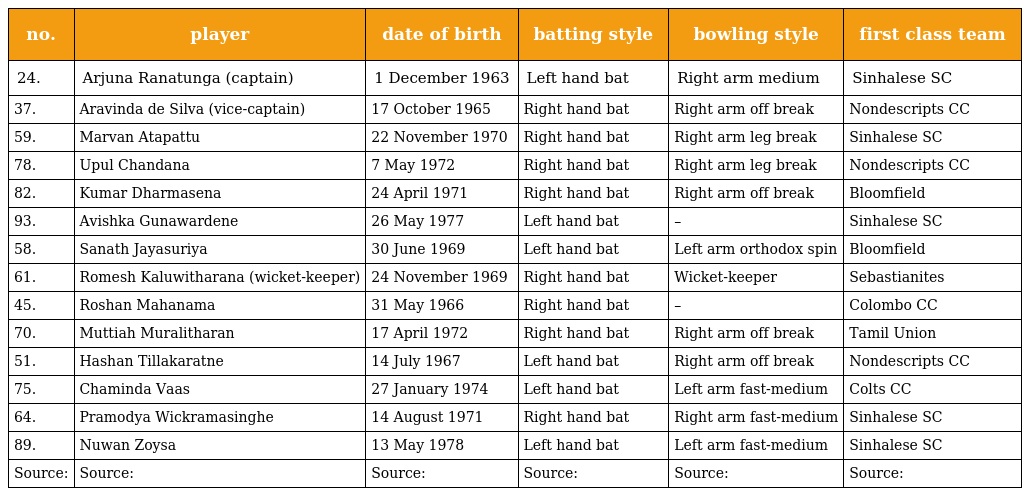
| no. | player | date of birth | batting style | bowling style | first class team |
 | --- | --- | --- | --- | --- | --- |
 | 24. | Arjuna Ranatunga (captain) | 1 December 1963 | Left hand bat | Right arm medium | Sinhalese SC |
 | 37. | Aravinda de Silva (vice-captain) | 17 October 1965 | Right hand bat | Right arm off break | Nondescripts CC |
 | 59. | Marvan Atapattu | 22 November 1970 | Right hand bat | Right arm leg break | Sinhalese SC |
 | 78. | Upul Chandana | 7 May 1972 | Right hand bat | Right arm leg break | Nondescripts CC |
 | 82. | Kumar Dharmasena | 24 April 1971 | Right hand bat | Right arm off break | Bloomfield |
 | 93. | Avishka Gunawardene | 26 May 1977 | Left hand bat | – | Sinhalese SC |
 | 58. | Sanath Jayasuriya | 30 June 1969 | Left hand bat | Left arm orthodox spin | Bloomfield |
 | 61. | Romesh Kaluwitharana (wicket-keeper) | 24 November 1969 | Right hand bat | Wicket-keeper | Sebastianites |
 | 45. | Roshan Mahanama | 31 May 1966 | Right hand bat | – | Colombo CC |
 | 70. | Muttiah Muralitharan | 17 April 1972 | Right hand bat | Right arm off break | Tamil Union |
 | 51. | Hashan Tillakaratne | 14 July 1967 | Left hand bat | Right arm off break | Nondescripts CC |
 | 75. | Chaminda Vaas | 27 January 1974 | Left hand bat | Left arm fast-medium | Colts CC |
 | 64. | Pramodya Wickramasinghe | 14 August 1971 | Right hand bat | Right arm fast-medium | Sinhalese SC |
 | 89. | Nuwan Zoysa | 13 May 1978 | Left hand bat | Left arm fast-medium | Sinhalese SC |
 | Source: | Source: | Source: | Source: | Source: | Source: |